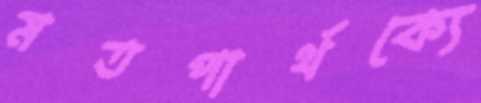
মতপার্থক্যে